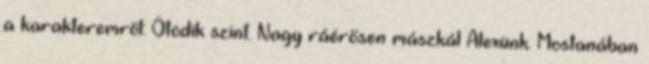
a karakteremről: Ötödik szint. Nagy ráérősen mászkál Alexünk. Mostanában